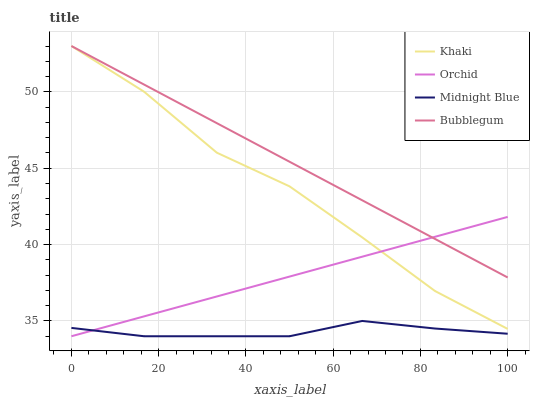
| xaxis_label | Khaki | Orchid | Midnight Blue | Bubblegum |
 | --- | --- | --- | --- | --- |
 | 0 | 53 | 34 | 34.5 | 53 |
 | 16.7 | 50 | 35.3 | 34 | 50.5 |
 | 33.3 | 46 | 36.6 | 34 | 47.9 |
 | 50 | 43.8 | 37.9 | 34 | 45.4 |
 | 66.7 | 40.5 | 39.2 | 35 | 42.9 |
 | 83.3 | 37 | 40.5 | 34.5 | 40.4 |
 | 100 | 34.5 | 41.8 | 34.2 | 37.8 |